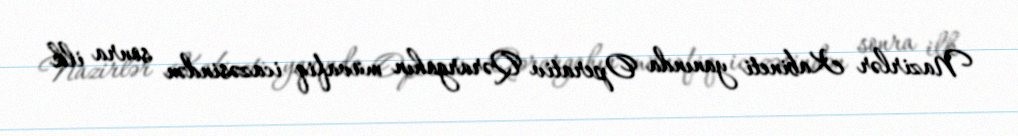
Nazirlər Kabineti yanında Operativ Qərargahın müvafiq icazəsindən sonra ilk